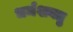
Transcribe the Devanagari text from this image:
धर्मशक्तु